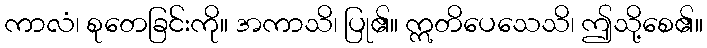
ကာလံ၊ စုတေခြင်းကို။ အကာသိ၊ ပြု၏။ ဣတိပေသေသိ၊ ဤသို့စေ၏။